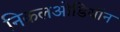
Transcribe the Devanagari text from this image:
निकलओडियॉन